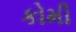
કોમી